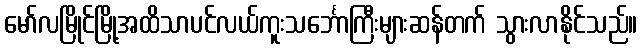
မော်လမြိုင်မြို့အထိသာပင်လယ်ကူးသင်္ဘောကြီးများဆန်တက် သွားလာနိုင်သည်။